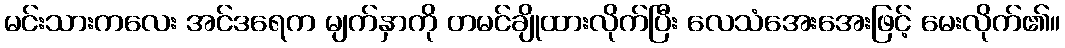
မင်းသားကလေး အင်ဒရေက မျက်နှာကို တမင်ချိုထားလိုက်ပြီး လေသံအေးအေးဖြင့် မေးလိုက်၏။